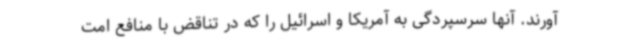
آورند. آنها سرسپردگی به آمریکا و اسرائیل را که در تناقض با منافع امت